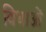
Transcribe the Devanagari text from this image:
विधाओं